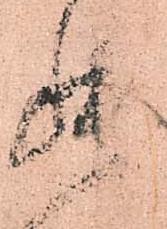
罷